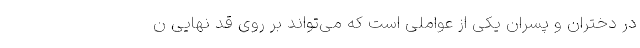
در دختران و پسران یکی از عواملی است که می‌تواند بر روی قد نهایی ن